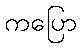
ကပြော